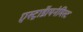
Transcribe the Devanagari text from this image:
एस्ट्राॅडायनेमिस्ट